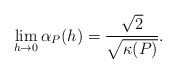
\begin{align*} \begin{aligned}\lim_{h\rightarrow0}\alpha_P(h)=\frac{\sqrt{2}}{\sqrt{\kappa(P)}}. \end{aligned} \end{align*}